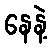
နေနဲ့